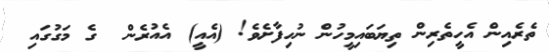
ތެރެއިން އެހީތެރިން ތިޔަބައިމީހުން ނުހިފާށެވެ! (އެއީ) އެއުރެން  ގެ މަގުގައި